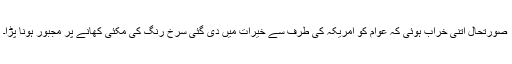
صورتحال اتنی خراب ہوئی کہ عوام کو امریکہ کی طرف سے خیرات میں دی گئی سرخ رنگ کی مکئی کھانے پر مجبور ہونا پڑا۔